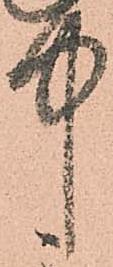
中